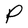
Character: P